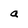
Character: a